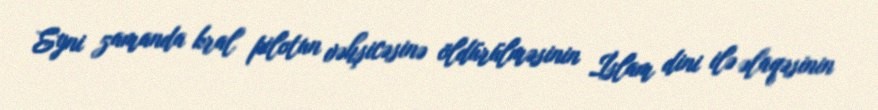
Eyni zamanda kral pilotun vəhşicəsinə öldürülməsinin İslam dini ilə əlaqəsinin